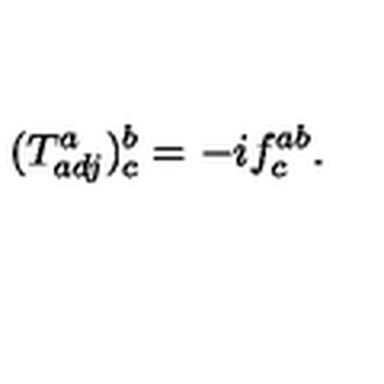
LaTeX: ( T _ { a d j } ^ { a } ) _ { c } ^ { b } = - i f _ { c } ^ { a b } .